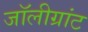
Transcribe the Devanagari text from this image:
जॉलीग्रांट